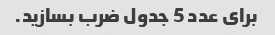
برای عدد 5 جدول ضرب بسازید.